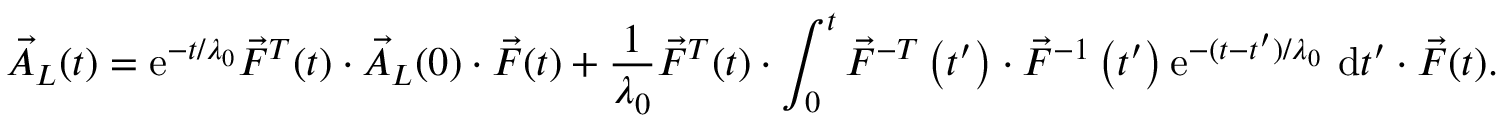
\vec { A } _ { L } ( t ) = \mathrm { e } ^ { - t / \lambda _ { 0 } } \vec { F } ^ { T } ( t ) \cdot \vec { A } _ { L } ( 0 ) \cdot \vec { F } ( t ) + \frac { 1 } { \lambda _ { 0 } } \vec { F } ^ { T } ( t ) \cdot \int _ { 0 } ^ { t } \vec { F } ^ { - T } \left( t ^ { \prime } \right) \cdot \vec { F } ^ { - 1 } \left( t ^ { \prime } \right) \mathrm { e } ^ { - ( t - t ^ { \prime } ) / \lambda _ { 0 } } ~ \mathrm { d } t ^ { \prime } \cdot \vec { F } ( t ) .